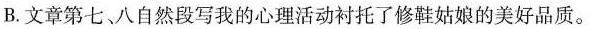
B.文章第七，八自然段写我的心理活动衬托了修鞋姑娘的美好品质。